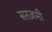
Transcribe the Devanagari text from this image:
सरज़मी